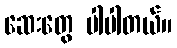
ဆေးတွေ ပါပါတယ်။